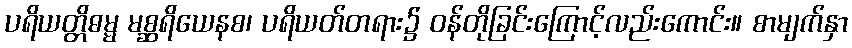
ပရိယတ္တိဓမ္မ မစ္ဆရိယေနစ၊ ပရိယတ်တရား၌ ဝန်တိုခြင်းကြောင့်လည်းကောင်း။ စာမျက်နှာ